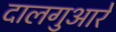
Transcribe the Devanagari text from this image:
दालगुआरे